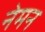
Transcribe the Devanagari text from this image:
नेमन